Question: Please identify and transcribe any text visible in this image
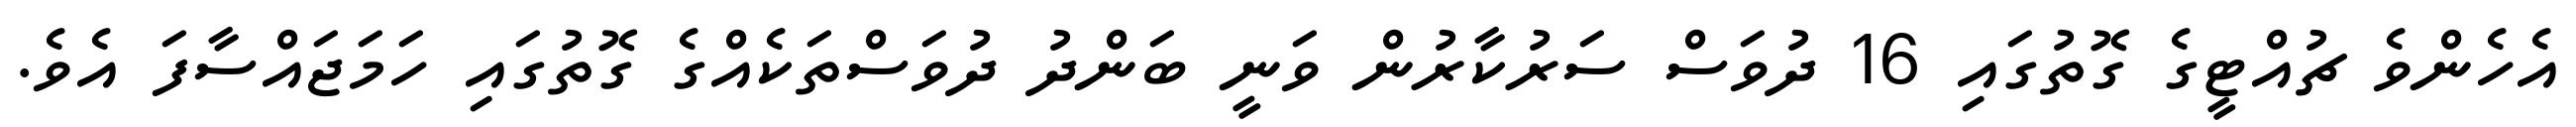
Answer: އެހެންވެ ޗުއްޓީގެ ގޮތުގައި 16 ދުވަސް ސަރުކާރުން ވަނީ ބަންދު ދުވަސްތަކެއްގެ ގޮތުގައި ހަމަޖައްސާފަ އެވެ.